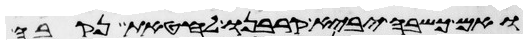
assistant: ואם כשבה יביא קרבנו לחטאת נקבה